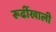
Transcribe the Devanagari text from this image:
रूढींखाली